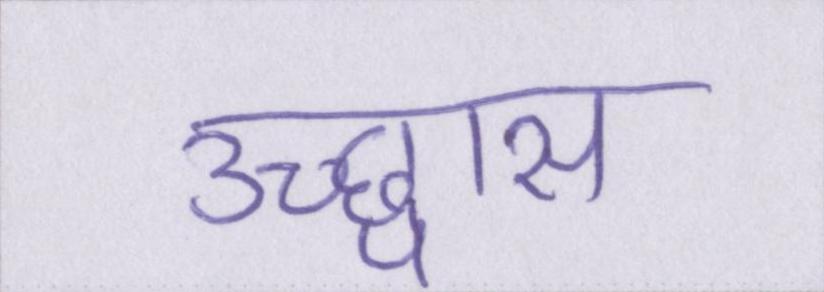
उच्छ्वास